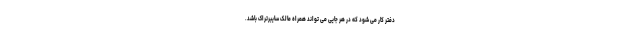
دفتر کار می شود که در هر جایی می تواند همراه مالک سایبرتراک باشد.